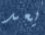
يعد